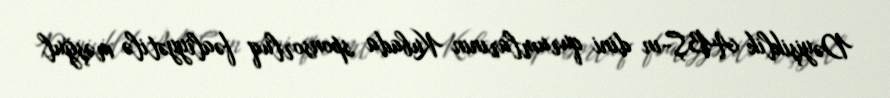
Dəyişiklik ABŞ-ın dini qurumlarının Kubada sponsorluq fəaliyyətilə məşğul